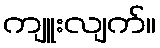
ကျူးလျက်။